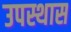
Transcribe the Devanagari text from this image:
उपस्थास